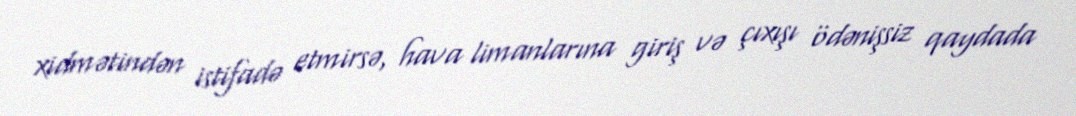
xidmətindən istifadə etmirsə, hava limanlarına giriş və çıxışı ödənişsiz qaydada